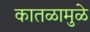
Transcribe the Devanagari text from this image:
कातळामुळे